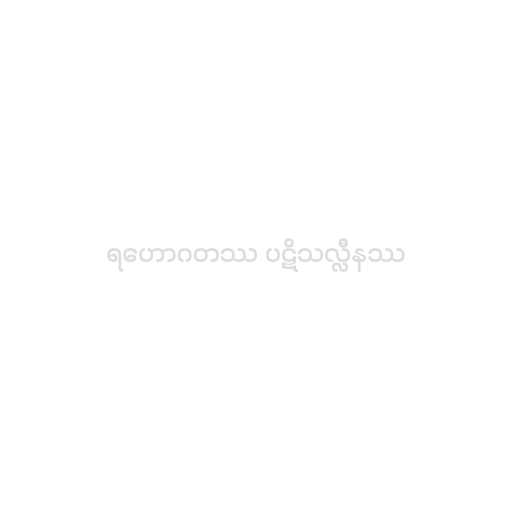
ရဟောဂတဿ ပဋိသလ္လီနဿ